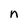
Character: n